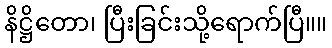
နိဋ္ဌိတော၊ ပြီးခြင်းသို့ရောက်ပြီ။။